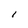
Character: l